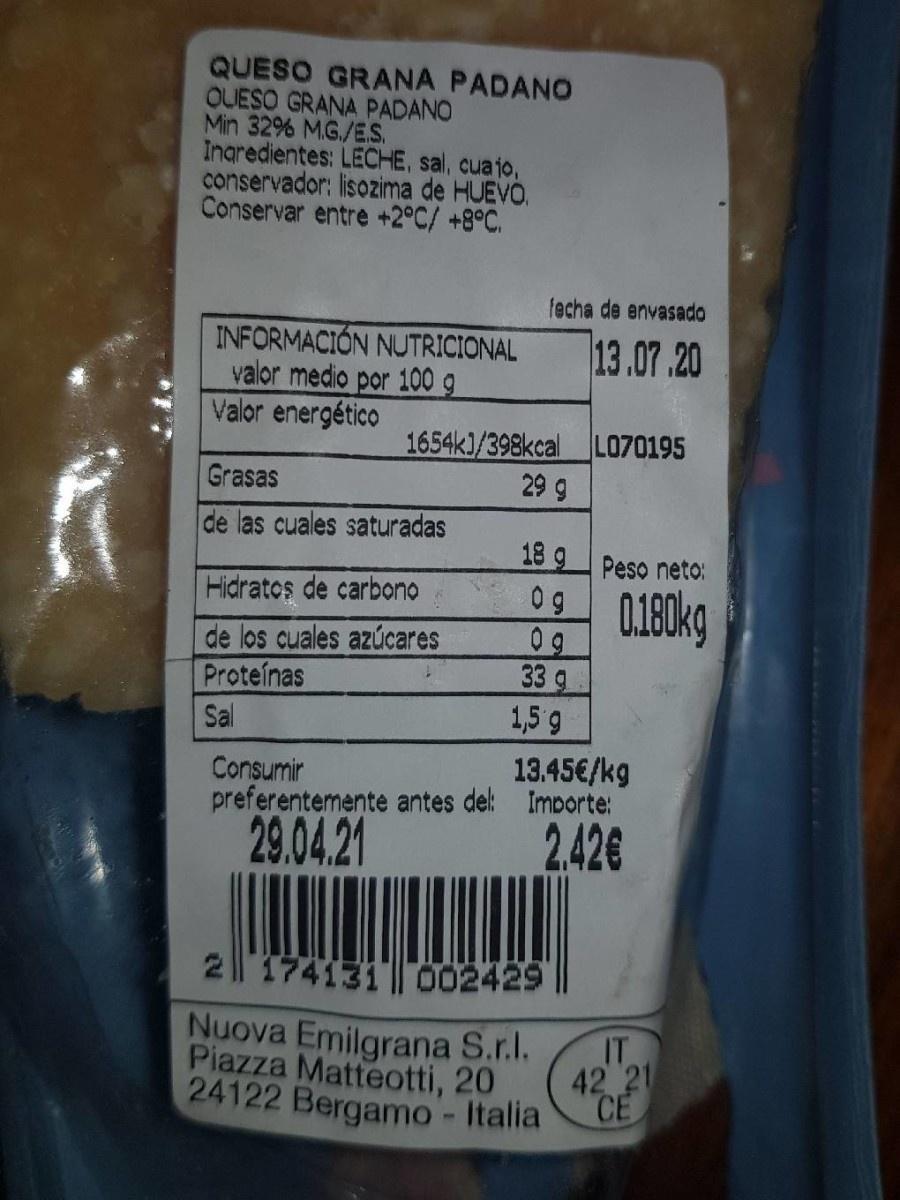
QUESO GRANA PADANO OUESO GRANA PADANO Min 32% MG./E.S. Ingredientes: LECHE, sal, cuaio, conservador: lisozima de HUEVO. Conservar entre +2°C/ +8°C.
fecha de envasado
INFORMACIÓN NUTRICIONAL valor medio por 100 g Valor energético
13.07.20
1654k)/398kcal LO70195 29 g
Grasas
de las cuales saturadas
18 9 Peso neto:
0 g
0180kg
Hidratos de carbono
de los cuales azúcares Proteínas
0g 33 g 1,5 g
Sal
13.45€/kg preferentemente antes del Importe: 2.426
Consumir
29.04.21
2||174131 002429 Nuova Emilgrana S.r.l.
IT
Piazza Matteotti, 20
42 21
24122 Bergamo - Italia
CE